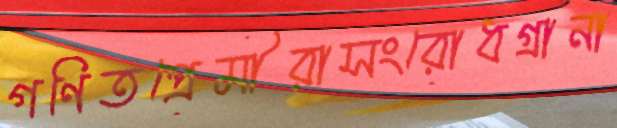
গণিতপ্রেমীরাসংরোধগ্রানা